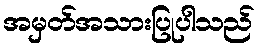
အမှတ်အသားပြုပါသည်